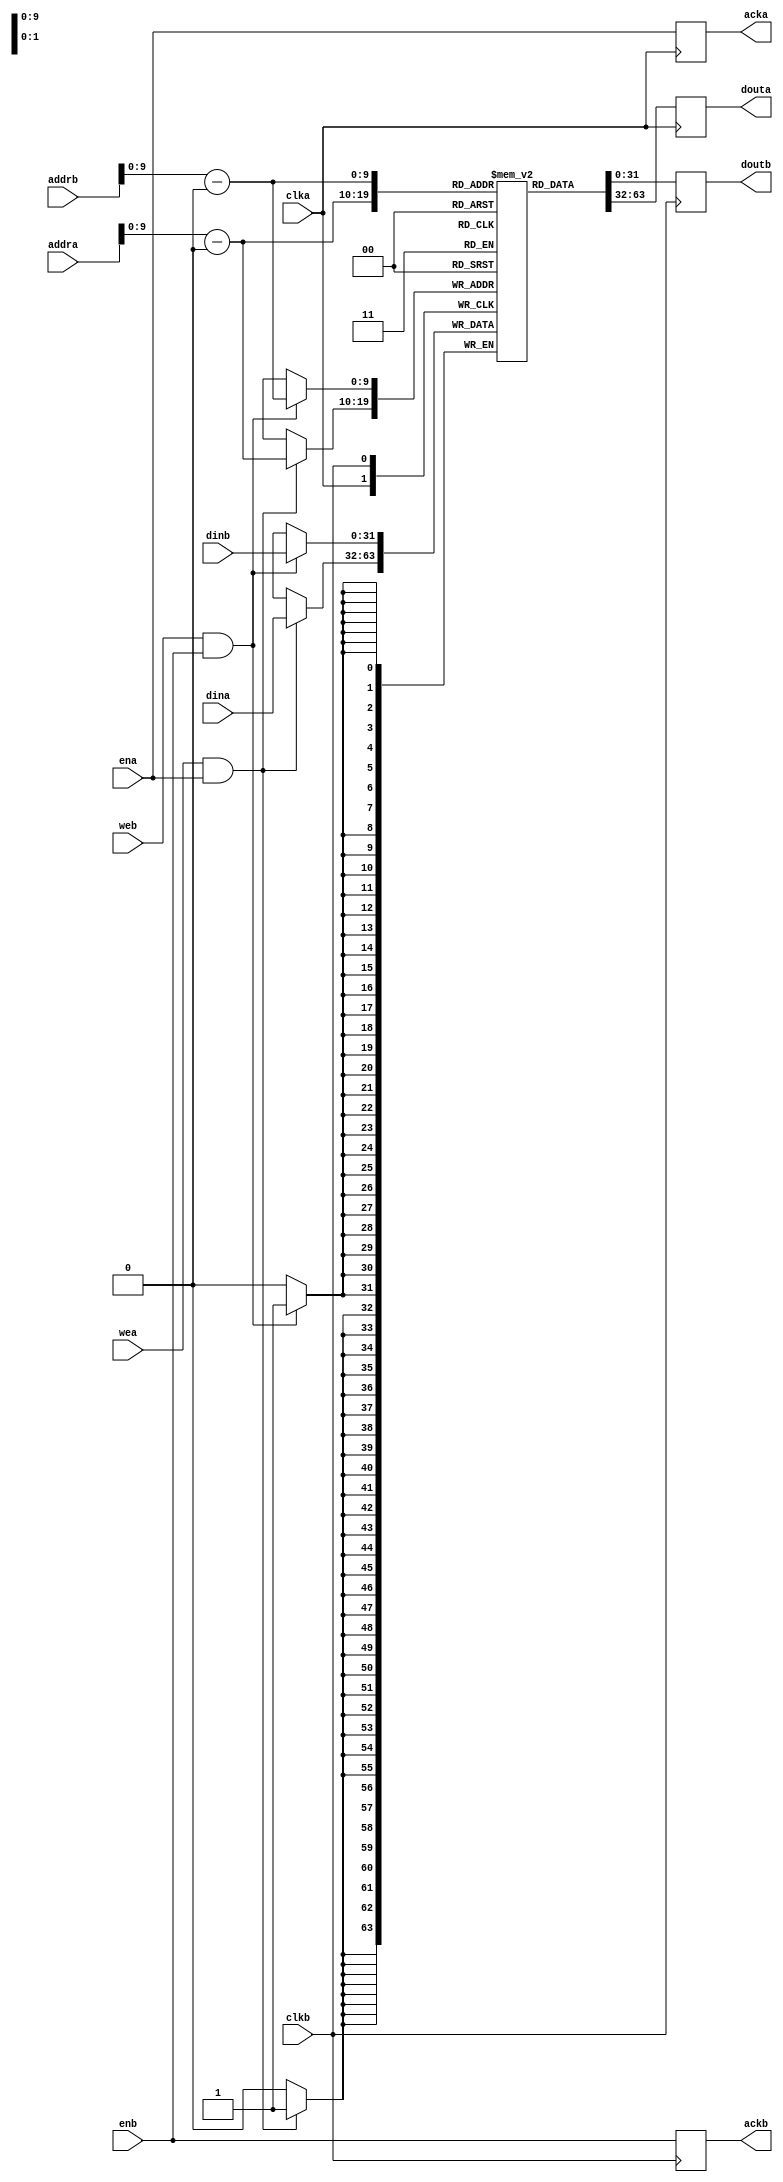
module TwoPortRAM(
    clka, ena, wea, clkb, enb, web, acka, ackb,
    addra, dina, douta, addrb, dinb, doutb
);

    parameter INIT     = 0;
    parameter ZERO     = 0;
    parameter LOADH    = 0;
    parameter LOADB    = 0;
    parameter LOADFILE = "default.memh";
    parameter PBITS    = 32; // port address bits
    parameter ABITS    = 10; // internal address bits
    parameter DBITS    = 32;
    parameter SIZE     = 1 << ABITS;
    parameter OFFSET   = 0;

    input  wire            clka, ena, wea, clkb, enb, web;
    output reg             acka, ackb;
    input  wire[PBITS-1:0] addra, addrb;
    input  wire[DBITS-1:0] dina , dinb;
    output reg [DBITS-1:0] douta, doutb;

    reg[DBITS-1:0] store[0:SIZE - 1];

    integer i;
    initial begin
        if (INIT)
            for (i = 0; i < SIZE; i = i + 1)
                store[i] = ZERO;
        if (LOADH) $readmemh(LOADFILE, store);
        if (LOADB) $readmemb(LOADFILE, store);
    end

    always @(posedge clka) begin
        douta = store[addra - OFFSET];
        if (wea && ena)
            store[addra - OFFSET] = dina;
        acka = ena;
    end

    always @(posedge clkb) begin
        doutb = store[addrb - OFFSET];
        if (web && enb)
            store[addrb - OFFSET] = dinb;
        ackb = enb;
    end

endmodule